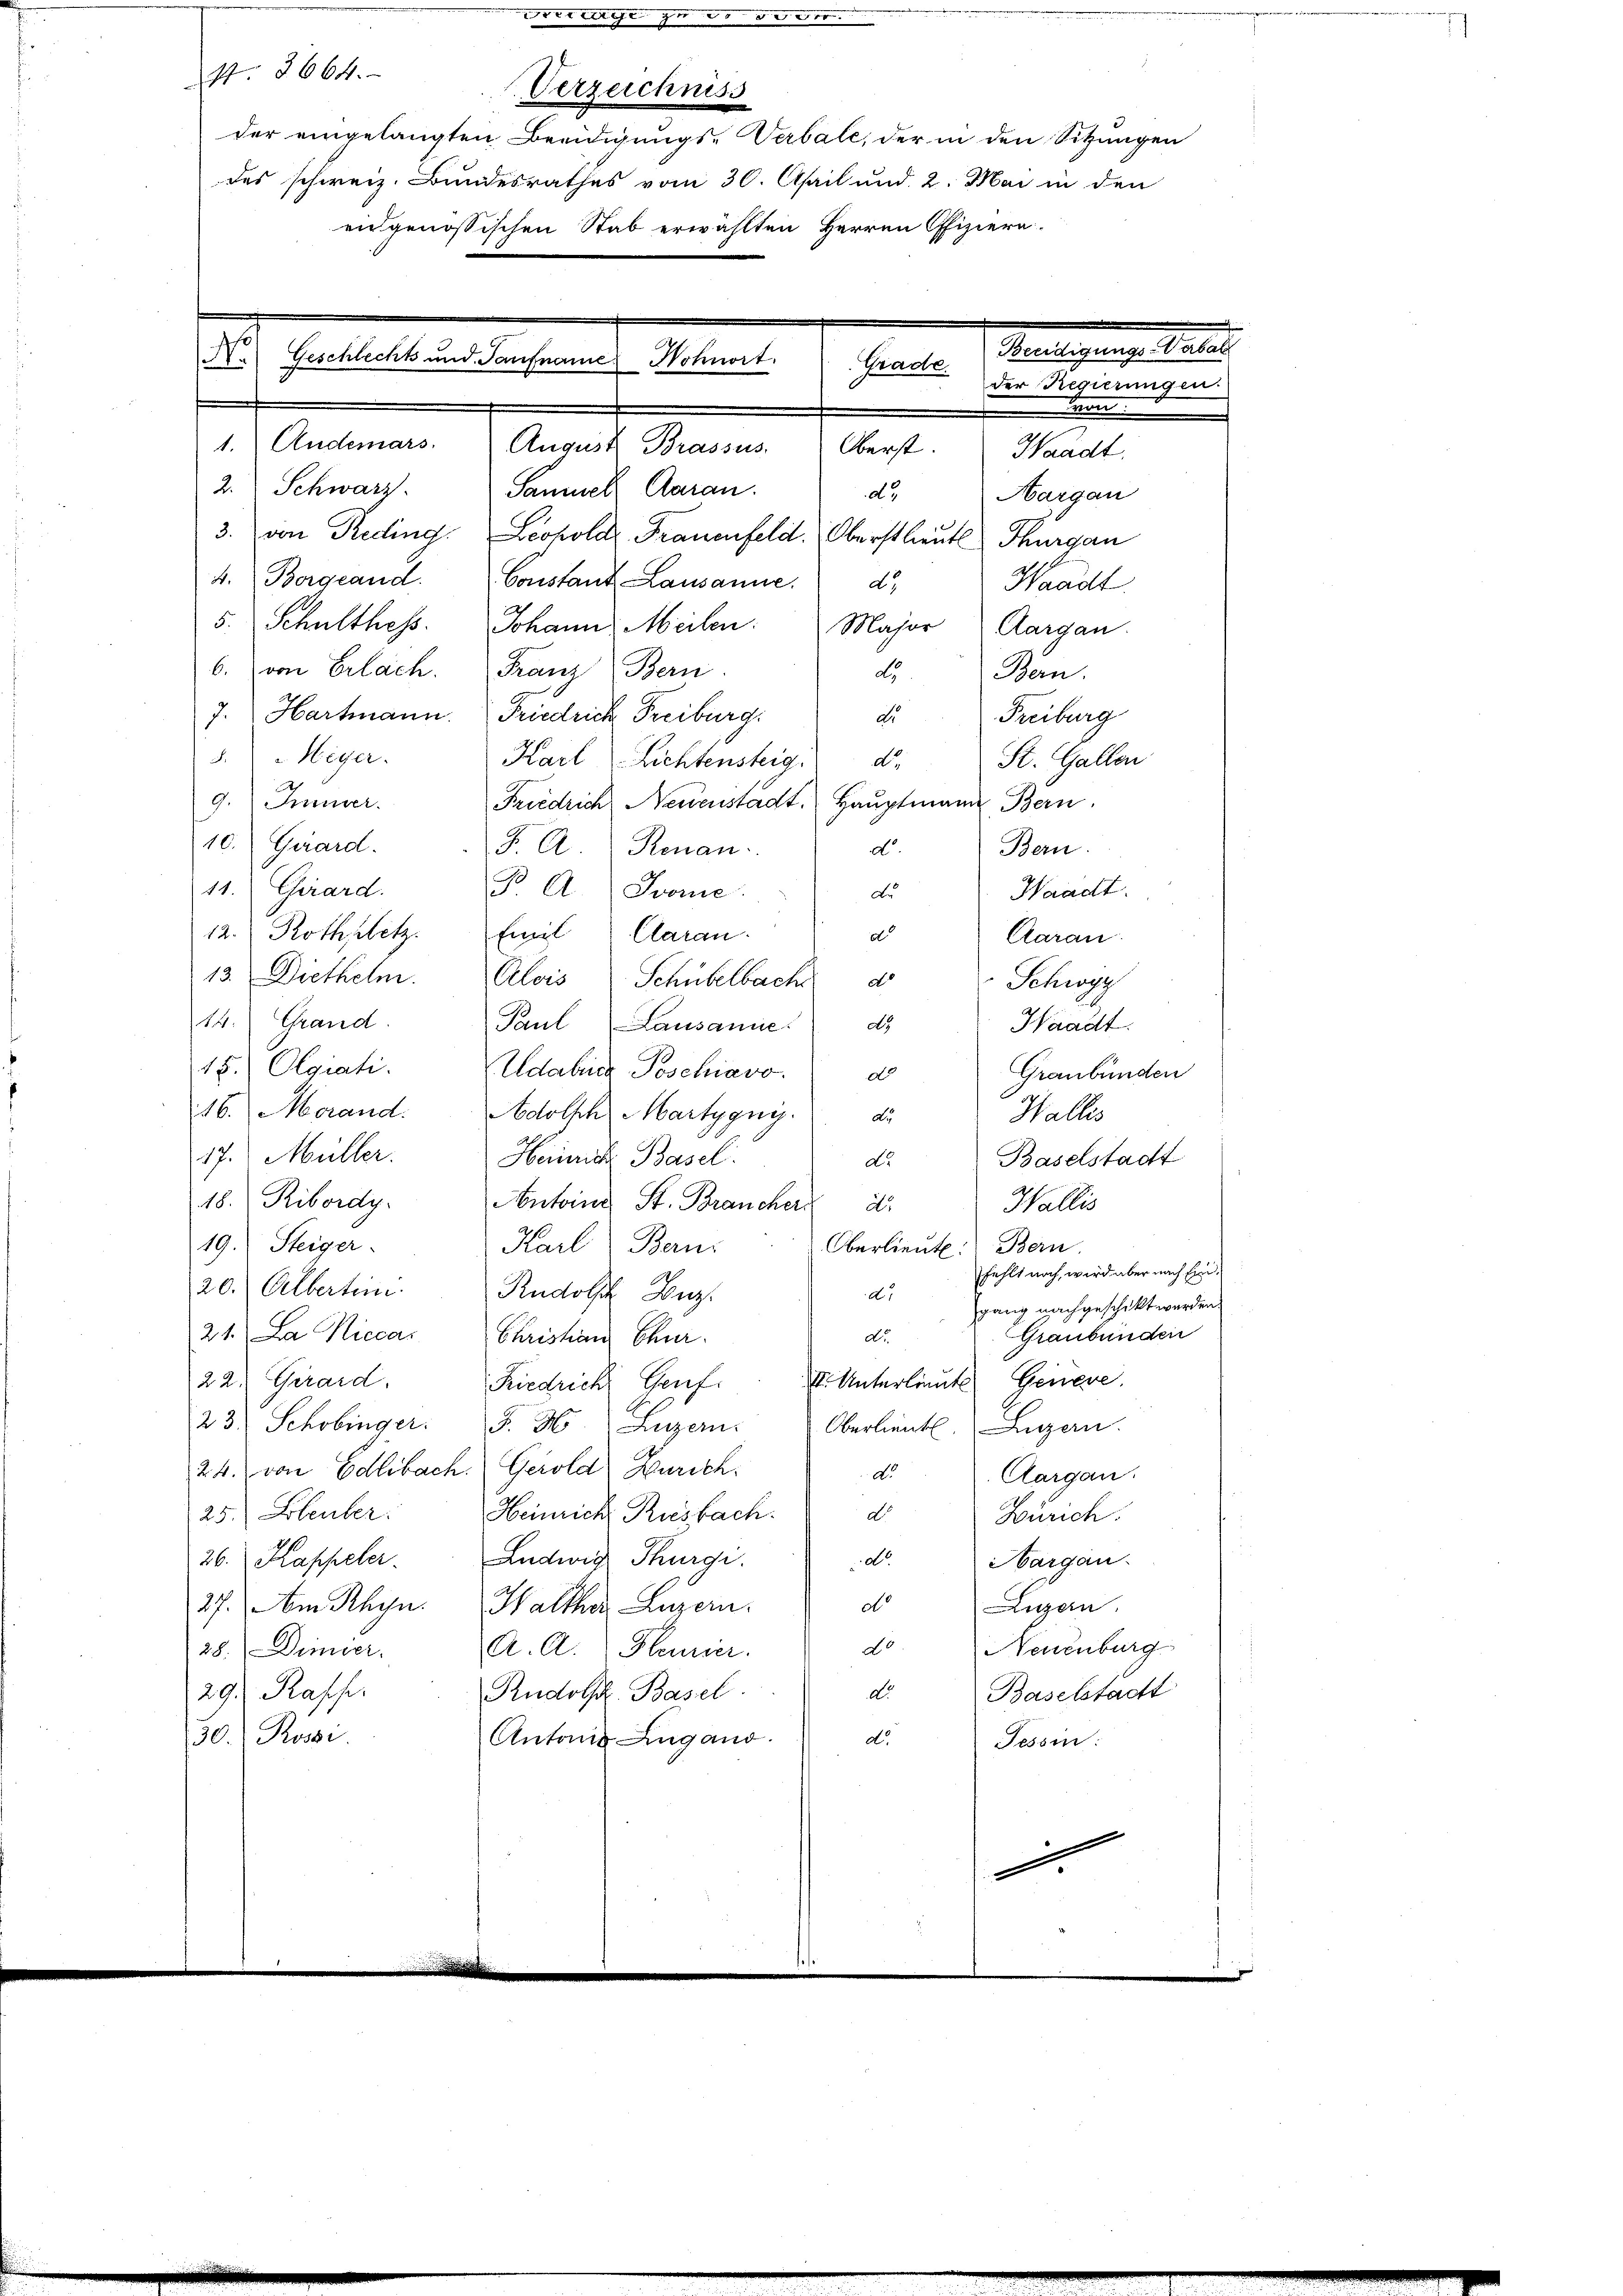
et ist zu de de ver
11. 3664.
Verzeichniss
der eingelangten Beeidigungs-Verbale, der in den Sitzungen
des schweiz. Bundesrathes vom 30. April und 2. Mai in den
endgenössischen Stab erwählten Herren Offiziere.
eale Realgesehe
l Geliebt es sehende Eltern
der Regierungen.
n
1. Anderars.
August Brassus.
Oberst.
Waadt.
2. Schwarz.
Sammel daran.
do.
Hargau
3. von Reding. Leohold Frauenfeld. Oberstlieut. Thurgau
4. Borgeand.
Constant Lausanne.
dt.
Waadt.
5. Schulthes. Johann Meilen. Major Aargau.
6. von Erlach. Franz Bern
d
Bern.

7. Hartmann. Friedrich Freiburg:
Freiburg
dro
3. " Heger.
Karl Lichtensteig. d. St. Gallen
9. Immer.
Friedrich Neuenstadt. Hauptmann Bern.
10. Girard.
dt.
Bern.
J. A. Renau.
11. Girard
B A. vore
Waadt.
du
12. Rothplatz. Emil Claran.
d
Aarau
13. Diethelm. Alois Schübelbach d
Schwyz
14. Grand
Paul
do.
Lausanne
Waadt:
18. Olgiati.
Edabula Poschiavo.
Graubünden
do
16. Morand.
Adolph Martygnis de
Wallis
17. Müller.
Heinrich Basel
Baselstadt
do.
18. Ribordy.
Antoine St. Braucher d
Wallis
19.) Steiger
Karl Bern
Oberlieut. Bern
fehlt noch, wird aber nach Ein¬
20. Albertein. Rudolf Luz
do
gang nachgeschickt werden.
21. Da Niccar
Graubünden
Christian Chur.
do.
22: Girard,
Kiedrich Genf. I. Unterlieute Geneve
23 Schobinger. J. H. Luzern. Oberlieut. Luzern.
24. von Edlibach. Gerold Zürich.
dto.
Aargau.
25.) Bleuler.
Heimich Riesbach. d
Zürich.
Ludwig Thurgi.
d.
26. Kappeler.
Aargau.
do
27. Am Rhyn. Haltha Luzern.
Luzern
do Neuenburg
28. Dimier.
A. A. Heurier.
dto.
29.) Rasse
Rudolf Basel.
Baselstadtt
30. Rossi
Antonis Lugano.
do.
Tessin:
g